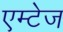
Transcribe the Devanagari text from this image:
एम्टेज